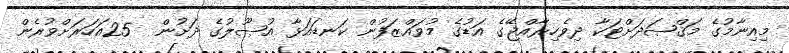
މިއިނާމުގެ މަޤްޞަދަށްޓަކާ ދިވެހިރާއްޖޭގެ އަޑުގެ މުވައްޒަފުން ކަނޑައަޅާ އުޞޫލުގެ ދަށުން  25އަހަރަށްވުރެން